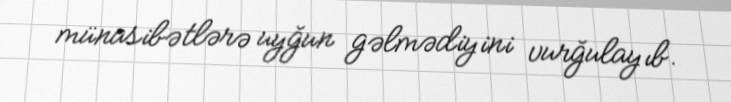
münasibətlərə uyğun gəlmədiyini vurğulayıb.